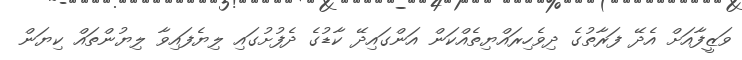
ވަޒީފާއަށް އެދޭ ފަރާތުގެ ދިވެހިރައްޔިތެއްކަން އަންގައިދޭ ކާޑުގެ ދެފުށުގައި ލިޔެފައިވާ ލިޔުންތައް ކިޔަން